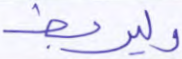
وليربط